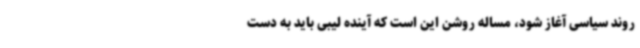
روند سیاسی آغاز شود، مساله‌ روشن این است که آینده لیبی باید به دست